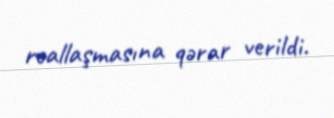
reallaşmasına qərar verildi.